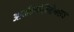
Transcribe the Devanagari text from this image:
आर्यावलोकितेश्वराय